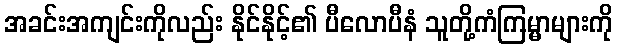
အခင်းအကျင်းကိုလည်း နိုင်နိုင့်၏ ပီလောပီနံ သူတို့ကံကြမ္မာများကို